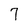
Character: 7